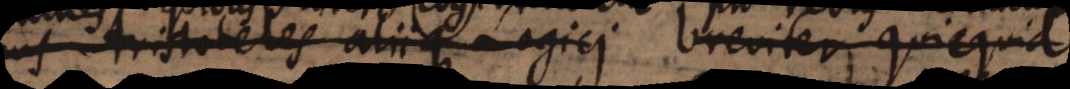
Aristoteles aliique Logici breviter quicquid